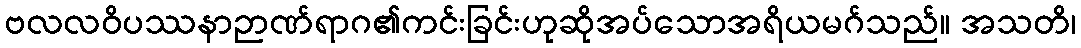
ဗလလဝိပဿနာဉာဏ်ရာဂ၏ကင်းခြင်းဟုဆိုအပ်သောအရိယမဂ်သည်။ အသတိ၊